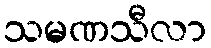
သမဏသီလာ